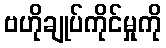
ဗဟိုချုပ်ကိုင်မှုကို